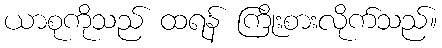
ယာစုကိုသည် ထရန် ကြိုးစားလိုက်သည်။